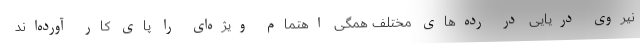
نیروی دریایی در رده‌های مختلف همگی اهتمام ویژه‌ای را پای کار آورده‌اند